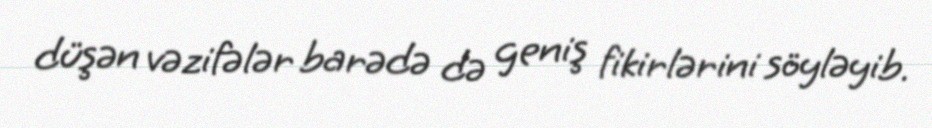
düşən vəzifələr barədə də geniş fikirlərini söyləyib.